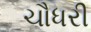
ચૌધરી